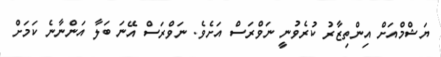
ޔަޝްމްއަށް އިންތިޒާރު ކުރެވުނީ ނަވްރަސް އަށެވެ. ނަވްރަސް އޭނަ ބަލާ އަންނާނެ ކަމަށް